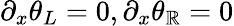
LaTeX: \partial_{x}\theta_{L}=0,\partial_{x}\theta_{\mathbb{R}}=0